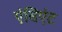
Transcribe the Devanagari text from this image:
एंसिएंट